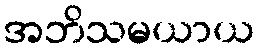
အဘိသမယာယ